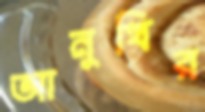
আনুখির